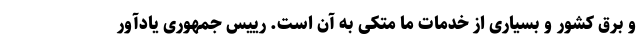
و برق کشور و بسیاری از خدمات ما متکی به آن است. رییس جمهوری یادآور